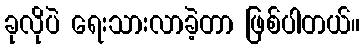
ခုလိုပဲ ရေးသားလာခဲ့တာ ဖြစ်ပါတယ်။